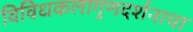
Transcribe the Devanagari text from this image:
विविधकलागुणदर्शनाचा